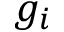
g _ { i }